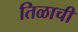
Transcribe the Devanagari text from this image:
तिळाची